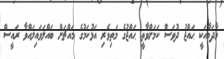
މާދަމާއަކީ ޙައްޖު ދުވަސް ކަމަށްވާތީ ޙައްޖުގެ މަތިވެރި އަޅުކަމުގެ މައްޗަށް ބައްލަވައިލައްވާ ރައީސް